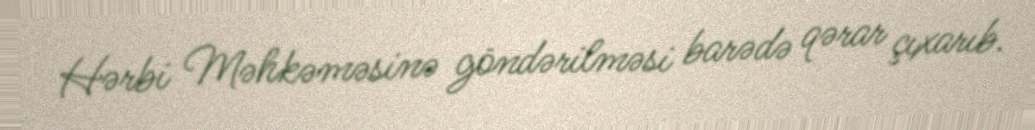
Hərbi Məhkəməsinə göndərilməsi barədə qərar çıxarıb.